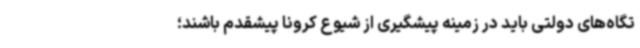
تگاه‌های دولتی باید در زمینه پیشگیری از شیوع کرونا پیشقدم باشند؛